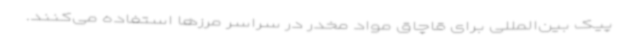
پیک بین‌المللی برای قاچاق مواد مخدر در سراسر مرزها استفاده می‌کنند.